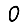
Digit: 0